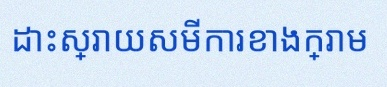
ដោះស្រាយសមីការខាងក្រោម